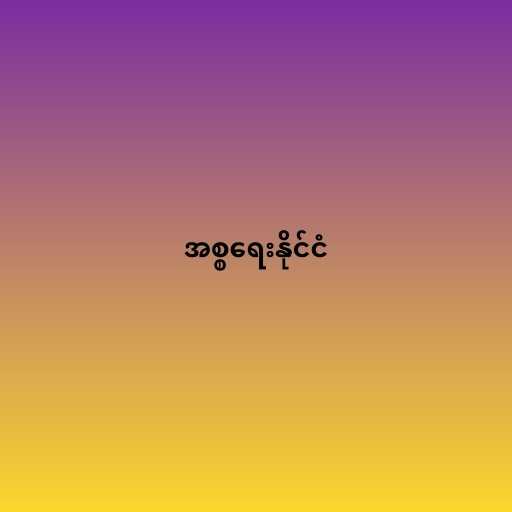
အစ္စရေးနိုင်ငံ